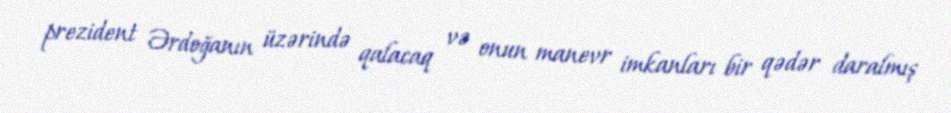
prezident Ərdoğanın üzərində qalacaq və onun manevr imkanları bir qədər daralmış